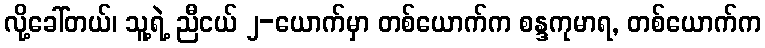
လို့ခေါ်တယ်၊ သူ့ရဲ့ ညီငယ် ၂-ယောက်မှာ တစ်ယောက်က စန္ဒကုမာရ, တစ်ယောက်က